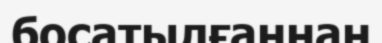
босатылғаннан